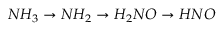
N H _ { 3 } \rightarrow N H _ { 2 } \rightarrow H _ { 2 } N O \rightarrow H N O